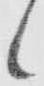
候